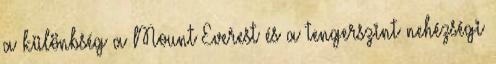
a különbség a Mount Everest és a tengerszint nehézségi